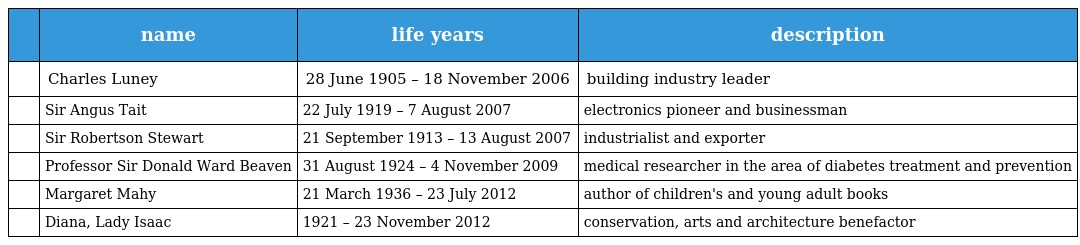
|  | name | life years | description |
 | --- | --- | --- | --- |
 |  | Charles Luney | 28 June 1905 – 18 November 2006 | building industry leader |
 |  | Sir Angus Tait | 22 July 1919 – 7 August 2007 | electronics pioneer and businessman |
 |  | Sir Robertson Stewart | 21 September 1913 – 13 August 2007 | industrialist and exporter |
 |  | Professor Sir Donald Ward Beaven | 31 August 1924 – 4 November 2009 | medical researcher in the area of diabetes treatment and prevention |
 |  | Margaret Mahy | 21 March 1936 – 23 July 2012 | author of children's and young adult books |
 |  | Diana, Lady Isaac | 1921 – 23 November 2012 | conservation, arts and architecture benefactor |